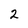
Character: 2